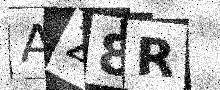
Text: AZ8R